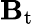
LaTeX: \mathbf{B}_{\mathrm{{t}}}